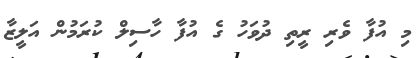
މި އުފާ ވެރި ރީތި ދުވަހު ގެ އުފާ ހާސިލް ކުރަމުން އަލީޒާ